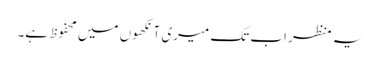
یہ منظر اب تک میری آنکھوں میں محفوظ ہے۔